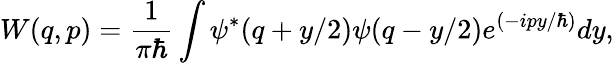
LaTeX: W(q,p)=\frac{1}{\pi\hbar}\int\psi^{*}(q+y/2)\psi(q-y/2)e^{(-ipy/\hbar)}dy,